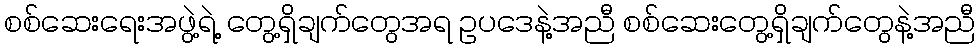
စစ်ဆေးရေးအဖွဲ့ရဲ့ တွေ့ရှိချက်တွေအရ ဥပဒေနဲ့အညီ စစ်ဆေးတွေ့ရှိချက်တွေနဲ့အညီ